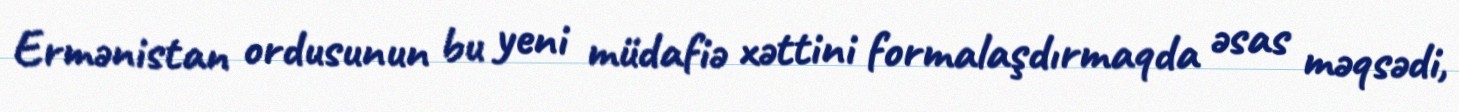
Ermənistan ordusunun bu yeni müdafiə xəttini formalaşdırmaqda əsas məqsədi,